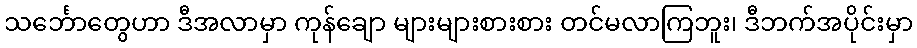
သင်္ဘောတွေဟာ ဒီအလာမှာ ကုန်ချော များများစားစား တင်မလာကြဘူး၊ ဒီဘက်အပိုင်းမှာ